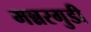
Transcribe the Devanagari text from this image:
मन्नरगुडी